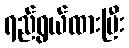
ရည်ရွယ်ထားပြီး